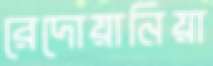
রেদোয়ানিয়া